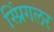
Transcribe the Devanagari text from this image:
स्प्रिंगलर